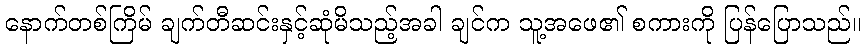
နောက်တစ်ကြိမ် ချက်တီဆင်းနှင့်ဆုံမိသည့်အခါ ချင်က သူ့အဖေ၏ စကားကို ပြန်ပြောသည်။